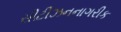
સીટીઝનનાગરીક